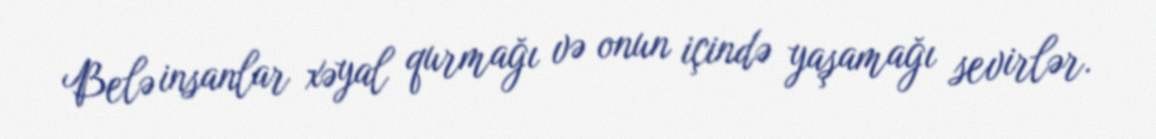
Belə insanlar xəyal qurmağı və onun içində yaşamağı sevirlər.